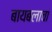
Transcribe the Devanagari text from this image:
बायबलाचा